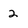
Character: 2